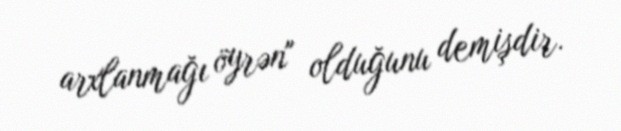
arxlanmağı öyrən" olduğunu demişdir.